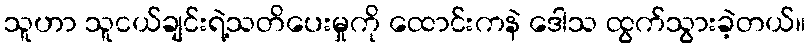
သူဟာ သူငယ်ချင်းရဲ့သတိပေးမှုကို ထောင်းကနဲ ဒေါသ ထွက်သွားခဲ့တယ်။